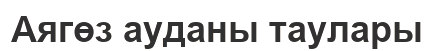
Аягөз ауданы таулары